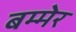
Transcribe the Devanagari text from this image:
बम्मेर